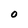
Character: O